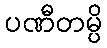
ပဏီတမ္ပိ